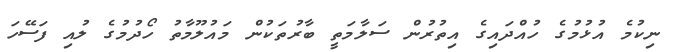
ނިކުމެ އުޅުމުގެ ހުއްދައިގެ އިތުރުން ސަލާމަތީ ބާރުތަކުން މައުލޫމާތު ހޯދުމުގެ ލުއި ފަސޭހަ